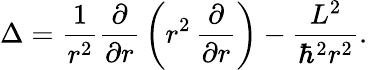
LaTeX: \Delta={\frac{1}{r^{2}}}{\frac{\partial}{\partial r}}\left(r^{2}\, {\frac{\partial}{\partial r}}\right)-{\frac{L^{2}}{\hbar^{2}r^{2}}}.